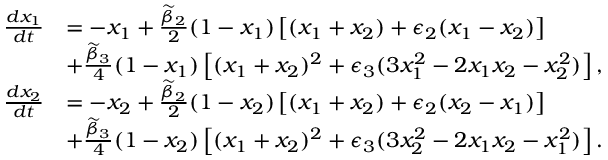
\begin{array} { r l } { \frac { d x _ { 1 } } { d t } } & { = - x _ { 1 } + \frac { \widetilde { \beta } _ { 2 } } { 2 } ( 1 - x _ { 1 } ) \left[ ( x _ { 1 } + x _ { 2 } ) + \epsilon _ { 2 } ( x _ { 1 } - x _ { 2 } ) \right] } \\ & { + \frac { \widetilde { \beta } _ { 3 } } { 4 } ( 1 - x _ { 1 } ) \left[ ( x _ { 1 } + x _ { 2 } ) ^ { 2 } + \epsilon _ { 3 } ( 3 x _ { 1 } ^ { 2 } - 2 x _ { 1 } x _ { 2 } - x _ { 2 } ^ { 2 } ) \right] , } \\ { \frac { d x _ { 2 } } { d t } } & { = - x _ { 2 } + \frac { \widetilde { \beta } _ { 2 } } { 2 } ( 1 - x _ { 2 } ) \left[ ( x _ { 1 } + x _ { 2 } ) + \epsilon _ { 2 } ( x _ { 2 } - x _ { 1 } ) \right] } \\ & { + \frac { \widetilde { \beta } _ { 3 } } { 4 } ( 1 - x _ { 2 } ) \left[ ( x _ { 1 } + x _ { 2 } ) ^ { 2 } + \epsilon _ { 3 } ( 3 x _ { 2 } ^ { 2 } - 2 x _ { 1 } x _ { 2 } - x _ { 1 } ^ { 2 } ) \right] . } \end{array}